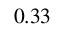
_ { 0 . 3 3 }